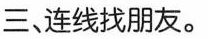
三、连线找朋友。